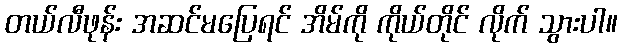
တယ်လီဖုန်း အဆင်မပြေရင် အိမ်ကို ကိုယ်တိုင် လိုက် သွားပါ။